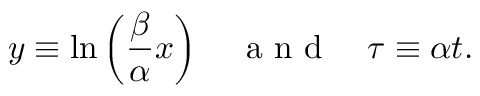
y \equiv \ln \left( \frac { \beta } { \alpha } x \right) \quad \textrm { a n d } \quad \tau \equiv \alpha t .